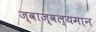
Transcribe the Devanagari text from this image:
ज्वाज्वल्यमान